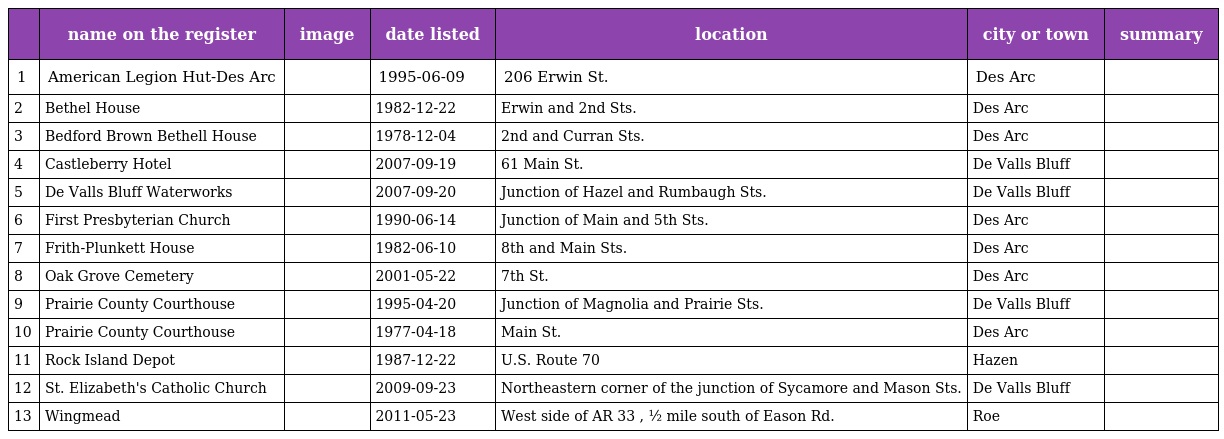
|  | name on the register | image | date listed | location | city or town | summary |
 | --- | --- | --- | --- | --- | --- | --- |
 | 1 | American Legion Hut-Des Arc |  | 1995-06-09 | 206 Erwin St. | Des Arc |  |
 | 2 | Bethel House |  | 1982-12-22 | Erwin and 2nd Sts. | Des Arc |  |
 | 3 | Bedford Brown Bethell House |  | 1978-12-04 | 2nd and Curran Sts. | Des Arc |  |
 | 4 | Castleberry Hotel |  | 2007-09-19 | 61 Main St. | De Valls Bluff |  |
 | 5 | De Valls Bluff Waterworks |  | 2007-09-20 | Junction of Hazel and Rumbaugh Sts. | De Valls Bluff |  |
 | 6 | First Presbyterian Church |  | 1990-06-14 | Junction of Main and 5th Sts. | Des Arc |  |
 | 7 | Frith-Plunkett House |  | 1982-06-10 | 8th and Main Sts. | Des Arc |  |
 | 8 | Oak Grove Cemetery |  | 2001-05-22 | 7th St. | Des Arc |  |
 | 9 | Prairie County Courthouse |  | 1995-04-20 | Junction of Magnolia and Prairie Sts. | De Valls Bluff |  |
 | 10 | Prairie County Courthouse |  | 1977-04-18 | Main St. | Des Arc |  |
 | 11 | Rock Island Depot |  | 1987-12-22 | U.S. Route 70 | Hazen |  |
 | 12 | St. Elizabeth's Catholic Church |  | 2009-09-23 | Northeastern corner of the junction of Sycamore and Mason Sts. | De Valls Bluff |  |
 | 13 | Wingmead |  | 2011-05-23 | West side of AR 33 , ½ mile south of Eason Rd. | Roe |  |